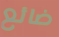
ضائع